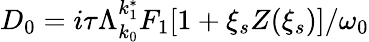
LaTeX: D_{0}=i\tau\Lambda_{k_{0}}^{k_{1}^{*}}F_{1}[1+\xi_{s}Z(\xi_{s})]/\omega_{0}